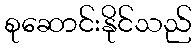
စုဆောင်းနိုင်သည်